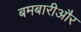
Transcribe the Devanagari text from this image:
बमबारीऔर